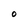
Character: o